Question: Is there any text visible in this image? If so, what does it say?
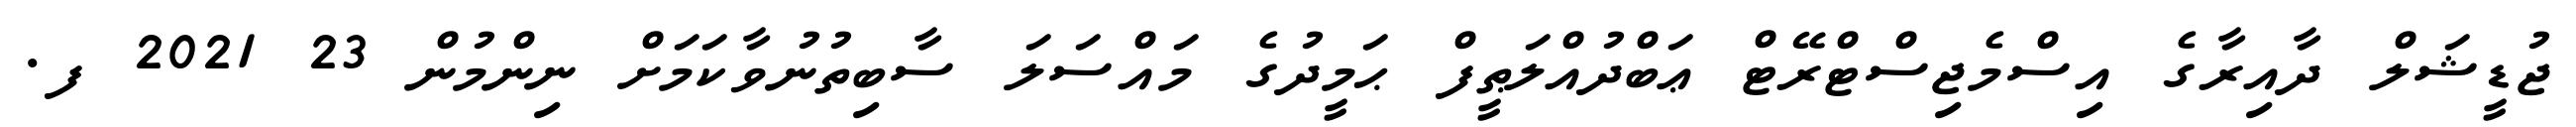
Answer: ޖުޑީޝަލް ދާއިރާގެ އިސްމެޖިސްޓްރޭޓް ޢަބްދުއްލަޠީފް ޙަމީދުގެ މައްސަލަ ސާބިތުނުވާކަމަށް ނިންމުން 23 2021 ފ.